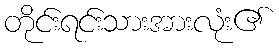
တိုင်းရင်းသားအားလုံး၏